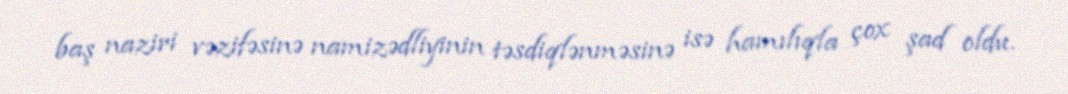
baş naziri vəzifəsinə namizədliyinin təsdiqlənməsinə isə hamılıqla çox şad oldu.